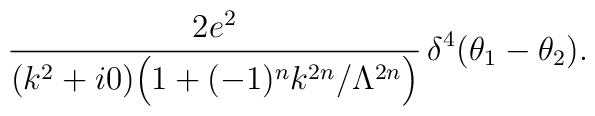
\frac{2e^2}{(k^2+i0) \Big(1+(-1)^n k^{2n}/\Lambda^{2n}\Big)} \,\delta^4(\theta_1-\theta_2).